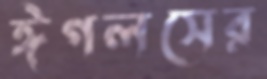
ঈগলসের